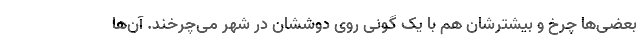
بعضی‌ها چرخ و بیشترشان هم با یک گونی روی دوششان در شهر می‌چرخند. آن‌ها